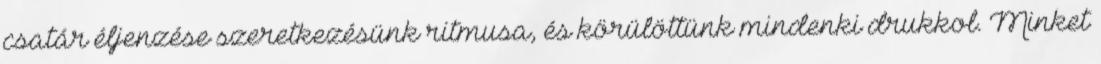
csatár éljenzése szeretkezésünk ritmusa, és körülöttünk mindenki drukkol. Minket